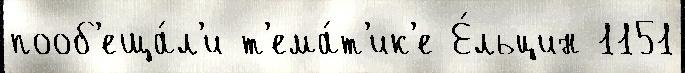
пооб'еща́л'и т'ема́т'ик'е Е́льцин 1151